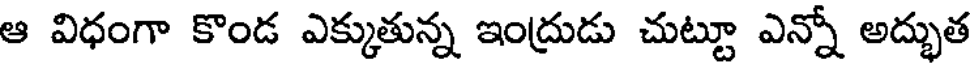
ఆ విధంగా కొండ ఎక్కుతున్న ఇంద్రుడు చుట్టూ ఎన్నో అద్భుత